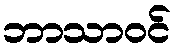
ဘာသာဝင်